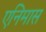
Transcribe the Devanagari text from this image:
एनिमास